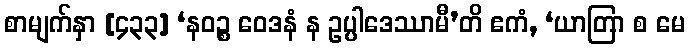
စာမျက်နှာ [၄၃၃] ‘နဝဉ္စ ဝေဒနံ န ဥပ္ပါဒေဿာမီ’တိ ဧကံ, ‘ယာတြာ စ မေ